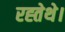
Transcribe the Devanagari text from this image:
रह्तेथे।